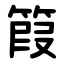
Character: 䈔